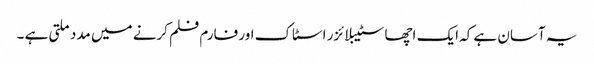
یہ آسان ہے کہ ایک اچھا سٹیبلائزر اسٹاک اور فارم فلم کرنے میں مدد ملتی ہے ۔